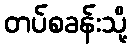
တပ်စခန်းသို့